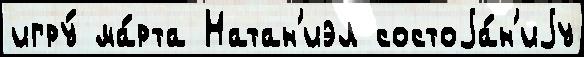
игру́ ма́рта Натан'иэл состоjа́н'иjу